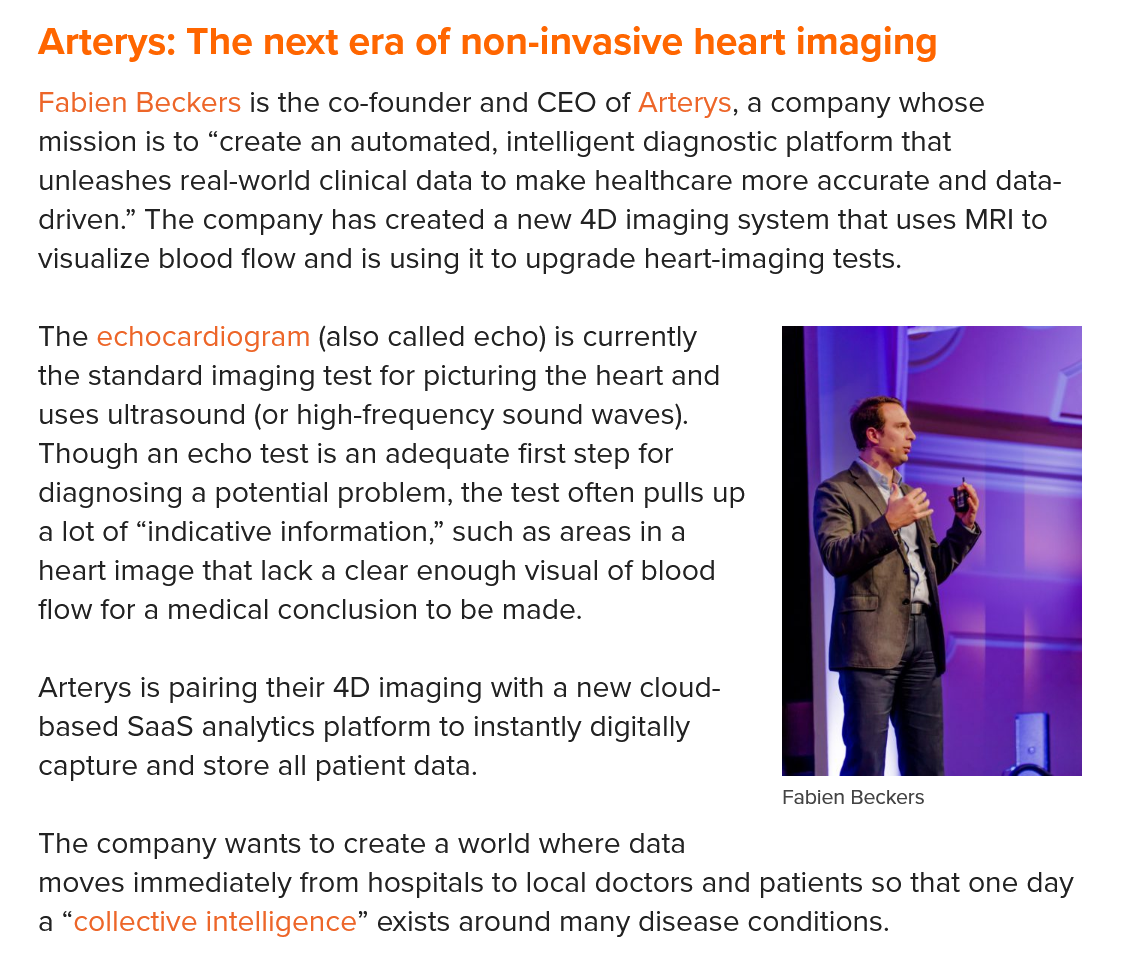
Arterys:  The  next era  of non-invasive   heart  imaging
   Fabien Beckers is the co-founder and CEO of Arterys, a company whose
   mission is to “create an automated, intelligent diagnostic platform that
   unleashes real-world clinical data to make healthcare more accurate and data-
   driven.” The company has created a new 4D imaging system that uses MRI to
   visualize blood flow and is using it to upgrade heart-imaging tests.
   The echocardiogram (also called echo) is currently
   the standard imaging test for picturing the heart and
   uses ultrasound (or high-frequency sound waves).
   Though an echo test is an adequate first step for
   diagnosing a potential problem, the test often pulls up
   a lot of “indicative information,” such as areas ina
   heart image that lack a clear enough visual of blood
   flow for a medical conclusion to be made.
   Arterys is pairing their 4D imaging with a new cloud-
   based SaaS analytics platform to instantly digitally
   capture and store all patient data.

     Fabien Beckers
   The company wants to create a world where data
   moves immediately from hospitals to local doctors and patients so that one day
   a “collective intelligence” exists around many disease conditions.
     pi
     Fabien Beckers